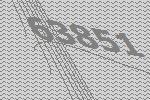
63851